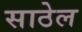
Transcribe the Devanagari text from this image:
साठेल